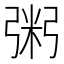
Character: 粥